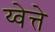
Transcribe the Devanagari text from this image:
य्वेत्ते